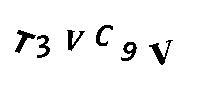
T3VC9V